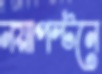
নয়াপল্টনে